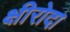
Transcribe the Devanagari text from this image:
क्षीरोदा